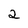
Character: 2